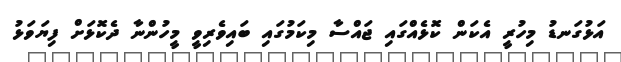
އަޅުގަނޑު މިހުރީ އެކަން ކޮޅެއްގައި ޖައްސާ މިކަމުގައި ބައިވެރިވީ މީހުންނާ ދެކޮޅަށް ފިޔަވަޅު